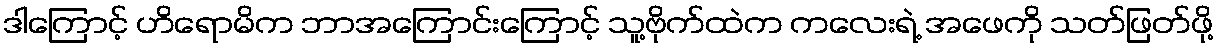
ဒါကြောင့် ဟိရောမိက ဘာအကြောင်းကြောင့် သူ့ဗိုက်ထဲက ကလေးရဲ့ အဖေကို သတ်ဖြတ်ဖို့